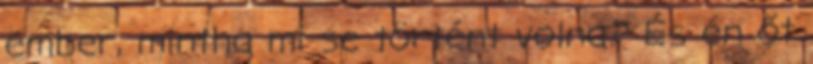
ember, mintha mi se történt volna? És én őt